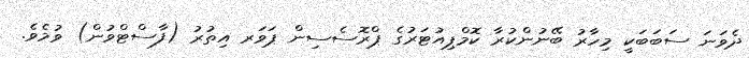
ދެވަނަ ސަބަބަކީ މިހާރު ބޭނުންކުރާ ކޮމްޕިއުޓަރުގެ ޕްރޮސެސިން ޕަވަރ އިތުރު (ފާސްޓްވުން) ވުމެވެ.